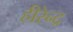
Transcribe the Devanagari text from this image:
हीरेन्द्र